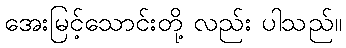
အေးမြင့်သောင်းတို့ လည်း ပါသည်။